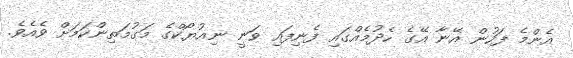
އެންމެ ފަހުން އޭނާ އޭގެ ހެދުމެއްގައި ފެނިފައި ވަނީ ނިއުޔޯކްގެ މަގުމަތިންކަމަށް ވެއެވެ.